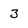
Character: 3